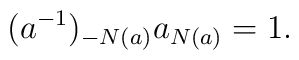
(a^{-1})_{-N(a)} a_{N(a)} = 1.